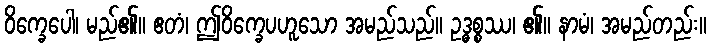
ဝိက္ခေပေါ၊ မည်၏။ ဧတံ၊ ဤဝိက္ခေပဟူသော အမည်သည်။ ဥဒ္ဓစ္စဿ၊ ၏။ နာမံ၊ အမည်တည်း။